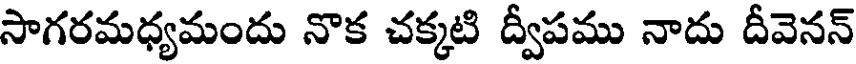
సాగరమధ్యమందు నొక చక్కటి ద్వీపము నాదు దీవెనన్